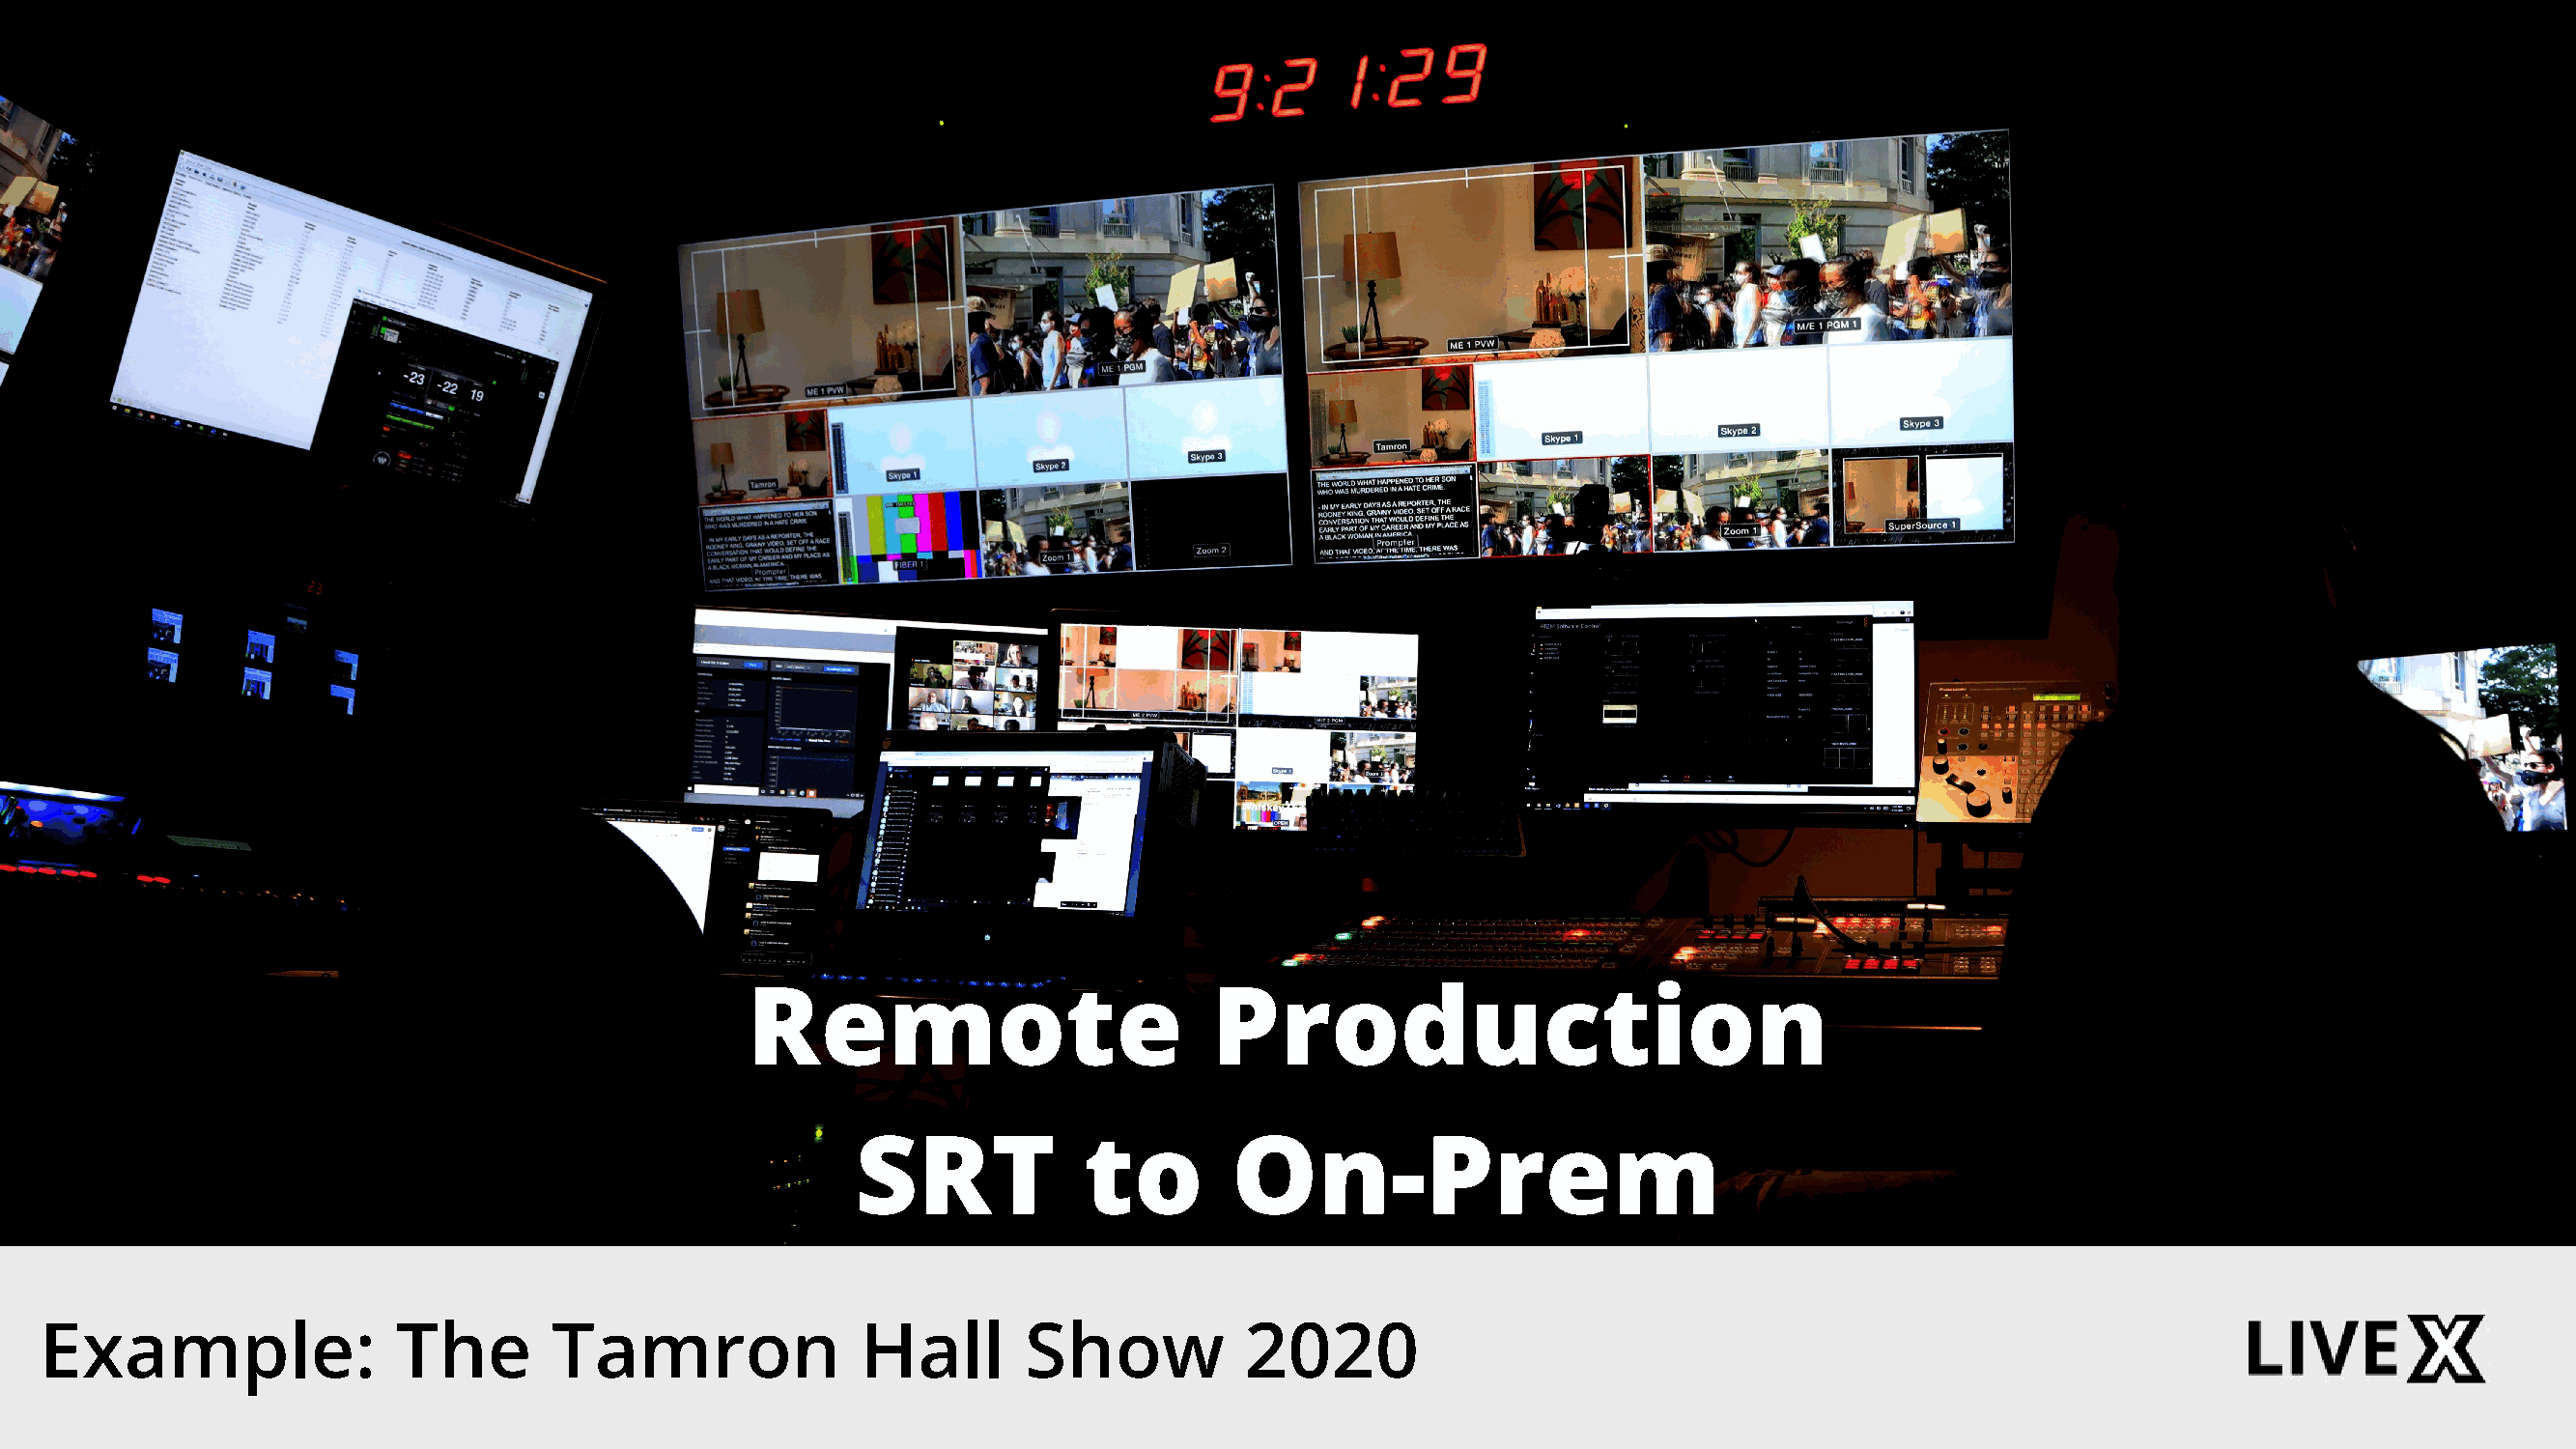
Remote                          Production
 SRT            to        On-Prem
 Example:                The        Tamron               Hall       Show           2020